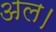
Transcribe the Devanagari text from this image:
अल।